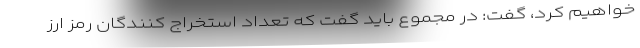
خواهیم کرد، گفت: در مجموع باید گفت که تعداد استخراج کنندگان رمز ارز